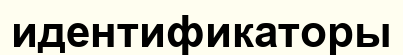
идентификаторы